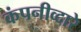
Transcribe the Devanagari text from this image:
कंपनीव्दारे